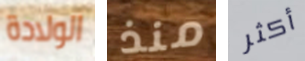
الولادة منذ أكثر